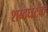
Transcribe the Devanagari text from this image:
शब्दघटक